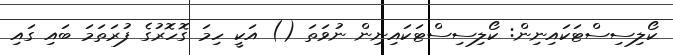
ކޯލިސިސްޓަކައިނިން: ކޯލިސިސްޓަކައިނިން ނުވަތަ () އަކީ ހިމަ ގޮހޮރުގެ ފުރަތަމަ ބައި ގައި